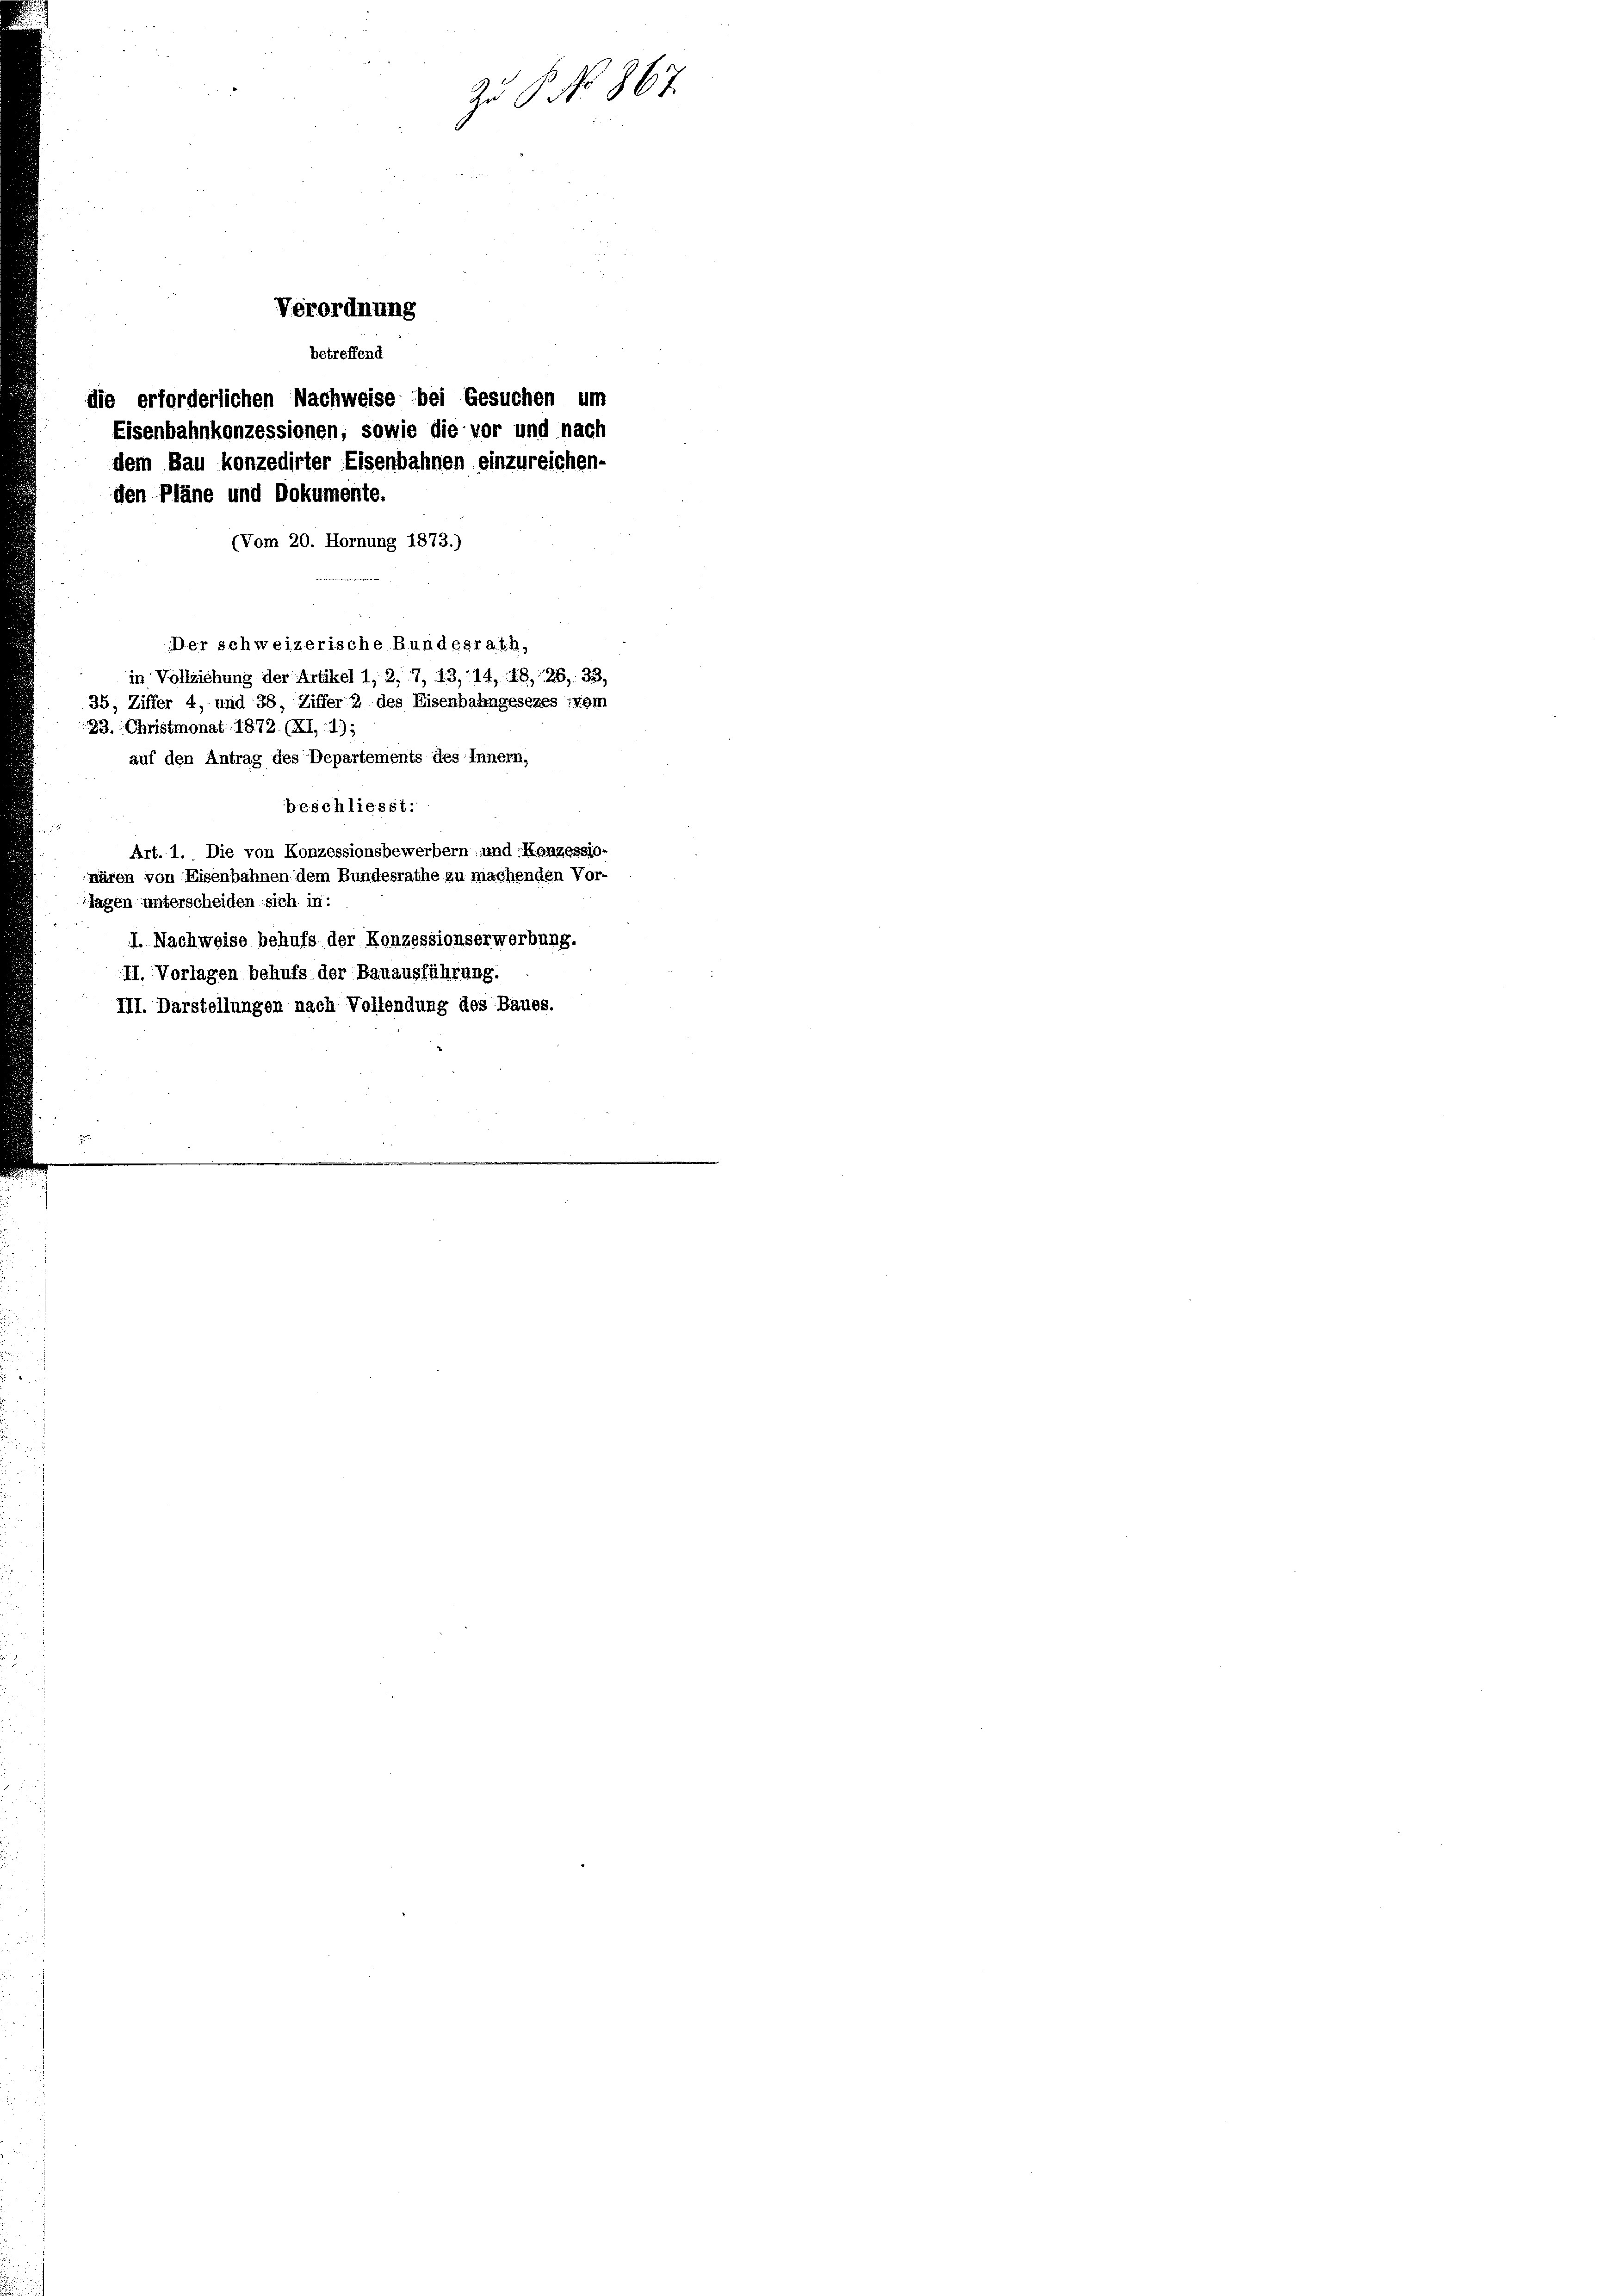
Verordnung
betreffend
die erforderlichen Nachweise bei Gesuchen um
Eisenbahnkonzessionen, sowie die vor und nach
dem Bau konzedirter Eisenbahnen einzureichen-
den Pläne und Dokumente.

23. Christmonat 1872. (XI,:1);

Zu 6. No. 867.

(Vom 20. Hornung 1873.)
Der schweizerische Bundesrath,
in Vollziehung der Artikel 1, 2, 7, 13, 14, 18, 26, 33,
35, Ziffer 4, und 38, Ziffer 2 des Eisenbahngesezes vom
auf den Antrag des Departements des Innern,
beschliesst:
Art. 1. Die von Konzessionsbewerbern und Konzessiowären von Eisenbahnen dem Bundesrathe zu machenden Vor-
lagen unterscheiden sich in:
I. Nachweise behufs der Konzessionserwerbung.
II. Vorlagen behufs der Bauausführung.
III. Darstellungen nach Vollendung des Baues.